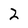
Character: 2